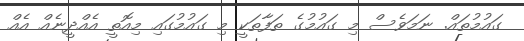
ގައުމުތައް. ނަމަވެސް މި ގައުމުގެ ތަފާތަކީ މި ގައުމުގައި މިއޮތީ އެއްދީނެއް އެއް